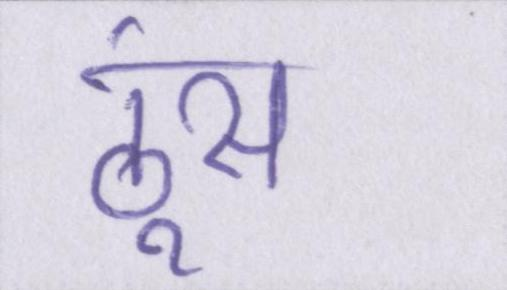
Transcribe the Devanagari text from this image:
ठूंस